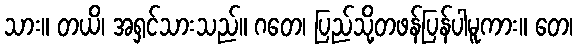
သား။ တယိ၊ အရှင်သားသည်။ ဂတေ၊ ပြည်သို့တဖန်ပြန်ပါမူကား။ တေ၊